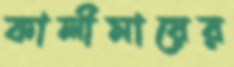
কালীমায়ের